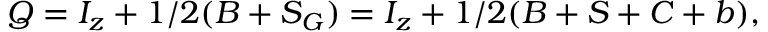
Q = I _ { z } + 1 / 2 ( B + S _ { G } ) = I _ { z } + 1 / 2 ( B + S + C + b ) ,